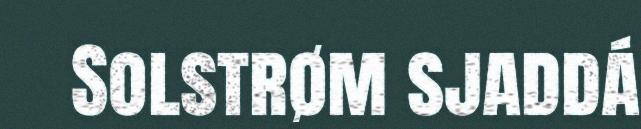
Solstrøm sjaddá